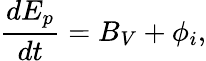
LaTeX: \frac{dE_{p}}{dt}=B_{V}+\phi_{i},